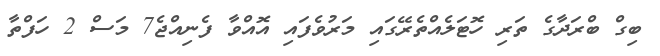
ބިގް ބްރަދާގެ ތަރި ހޮޓަލެއްތެރޭގައި މަރުވެފައި އޮއްވާ ފެނިއްޖެ7 މަސް 2 ހަފްތާ